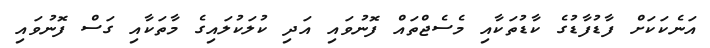
އަނެކަކަށް ފާޑުފާޑުގެ ކާޑުތަކާއި މެސެޖްތައް ފޮނުވައި އަދި ކުލަކުލައިގެ މާތަކާއި ގަސް ފޮނުވައި